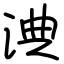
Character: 淟